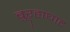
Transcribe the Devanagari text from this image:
बुऱ्हाघाट